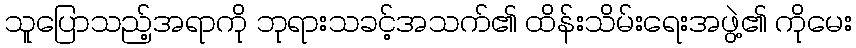
သူပြောသည့်အရာကို ဘုရားသခင့်အသက်၏ ထိန်းသိမ်းရေးအဖွဲ့၏ ကိုမေး